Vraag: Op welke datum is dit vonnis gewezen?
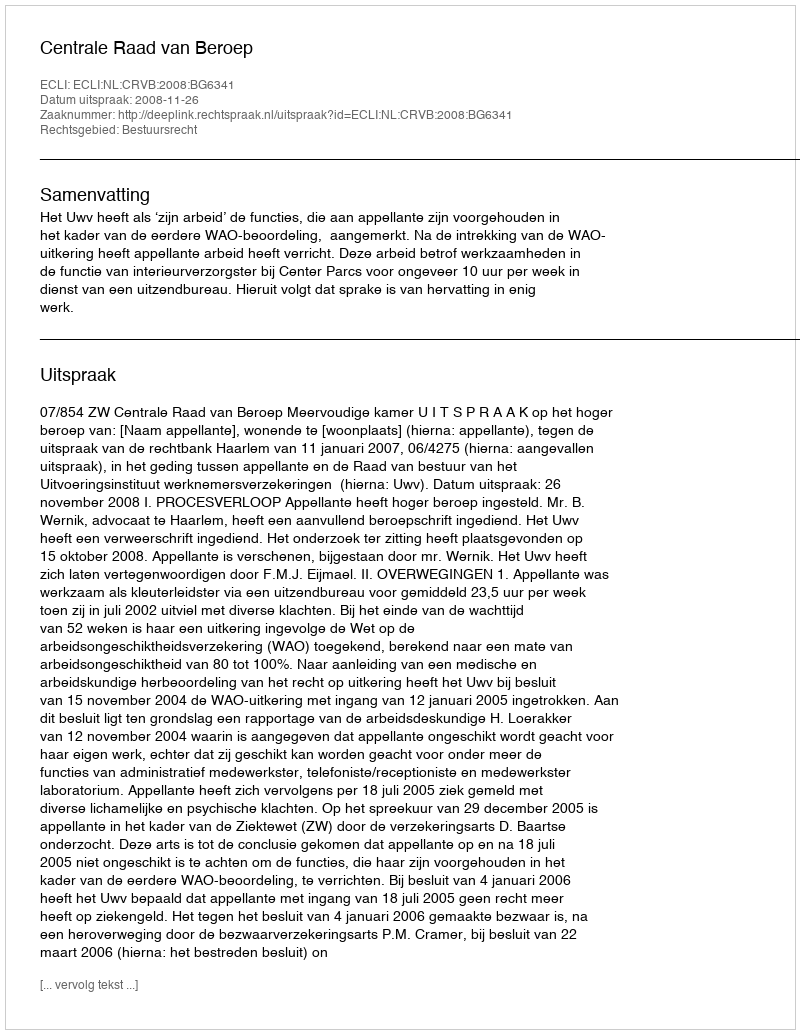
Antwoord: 2008-11-26